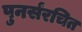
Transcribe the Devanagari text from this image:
पुनर्संरचित